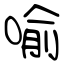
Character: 喻